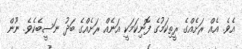
އެވެ. އެއް ރަށެއްގެ ރީތިިކަމުގެ ފޮނިކަމަކީ އަނެއް ރަށެއްގެ ބަދު ނަސީބެކެވެ. ނޫން